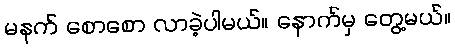
မနက် စောစော လာခဲ့ပါမယ်။ နောက်မှ တွေ့မယ်။